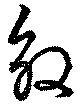
效